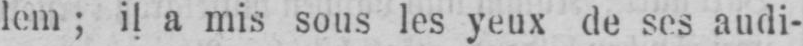
lem; il a mis sous les yeux de ses audi-